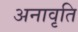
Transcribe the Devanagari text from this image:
अनावृति